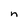
Character: n